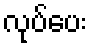
လုပ်ပေး